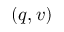
( q , v )